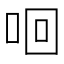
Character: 𠲛